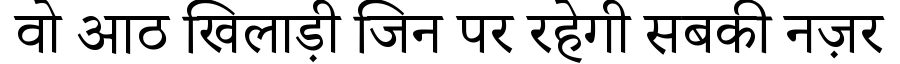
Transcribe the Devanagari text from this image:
वो आठ खिलाड़ी जिन पर रहेगी सबकी नज़र